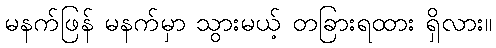
မနက်ဖြန် မနက်မှာ သွားမယ့် တခြားရထား ရှိလား။